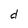
Character: d